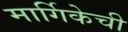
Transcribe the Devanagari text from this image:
मार्गिकेची